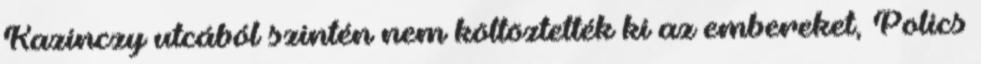
Kazinczy utcából szintén nem költöztették ki az embereket, Polics